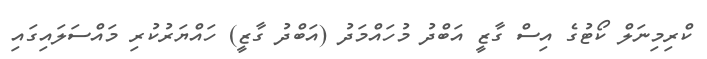
ކްރިމިނަލް ކޯޓުގެ އިސް ގާޒީ އަބްދު މުހައްމަދު (އަބްދު ގާޒީ) ހައްޔަރުކުރި މައްސަލައިގައި